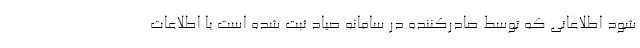
شود اطلاعاتی که توسط صادرکننده در سامانه صیاد ثبت شده است با اطلاعات